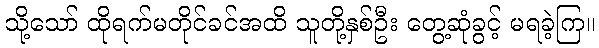
သို့သော် ထိုရက်မတိုင်ခင်အထိ သူတို့နှစ်ဦး တွေ့ဆုံခွင့် မရခဲ့ကြ။